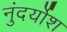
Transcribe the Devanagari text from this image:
नुंदर्योश